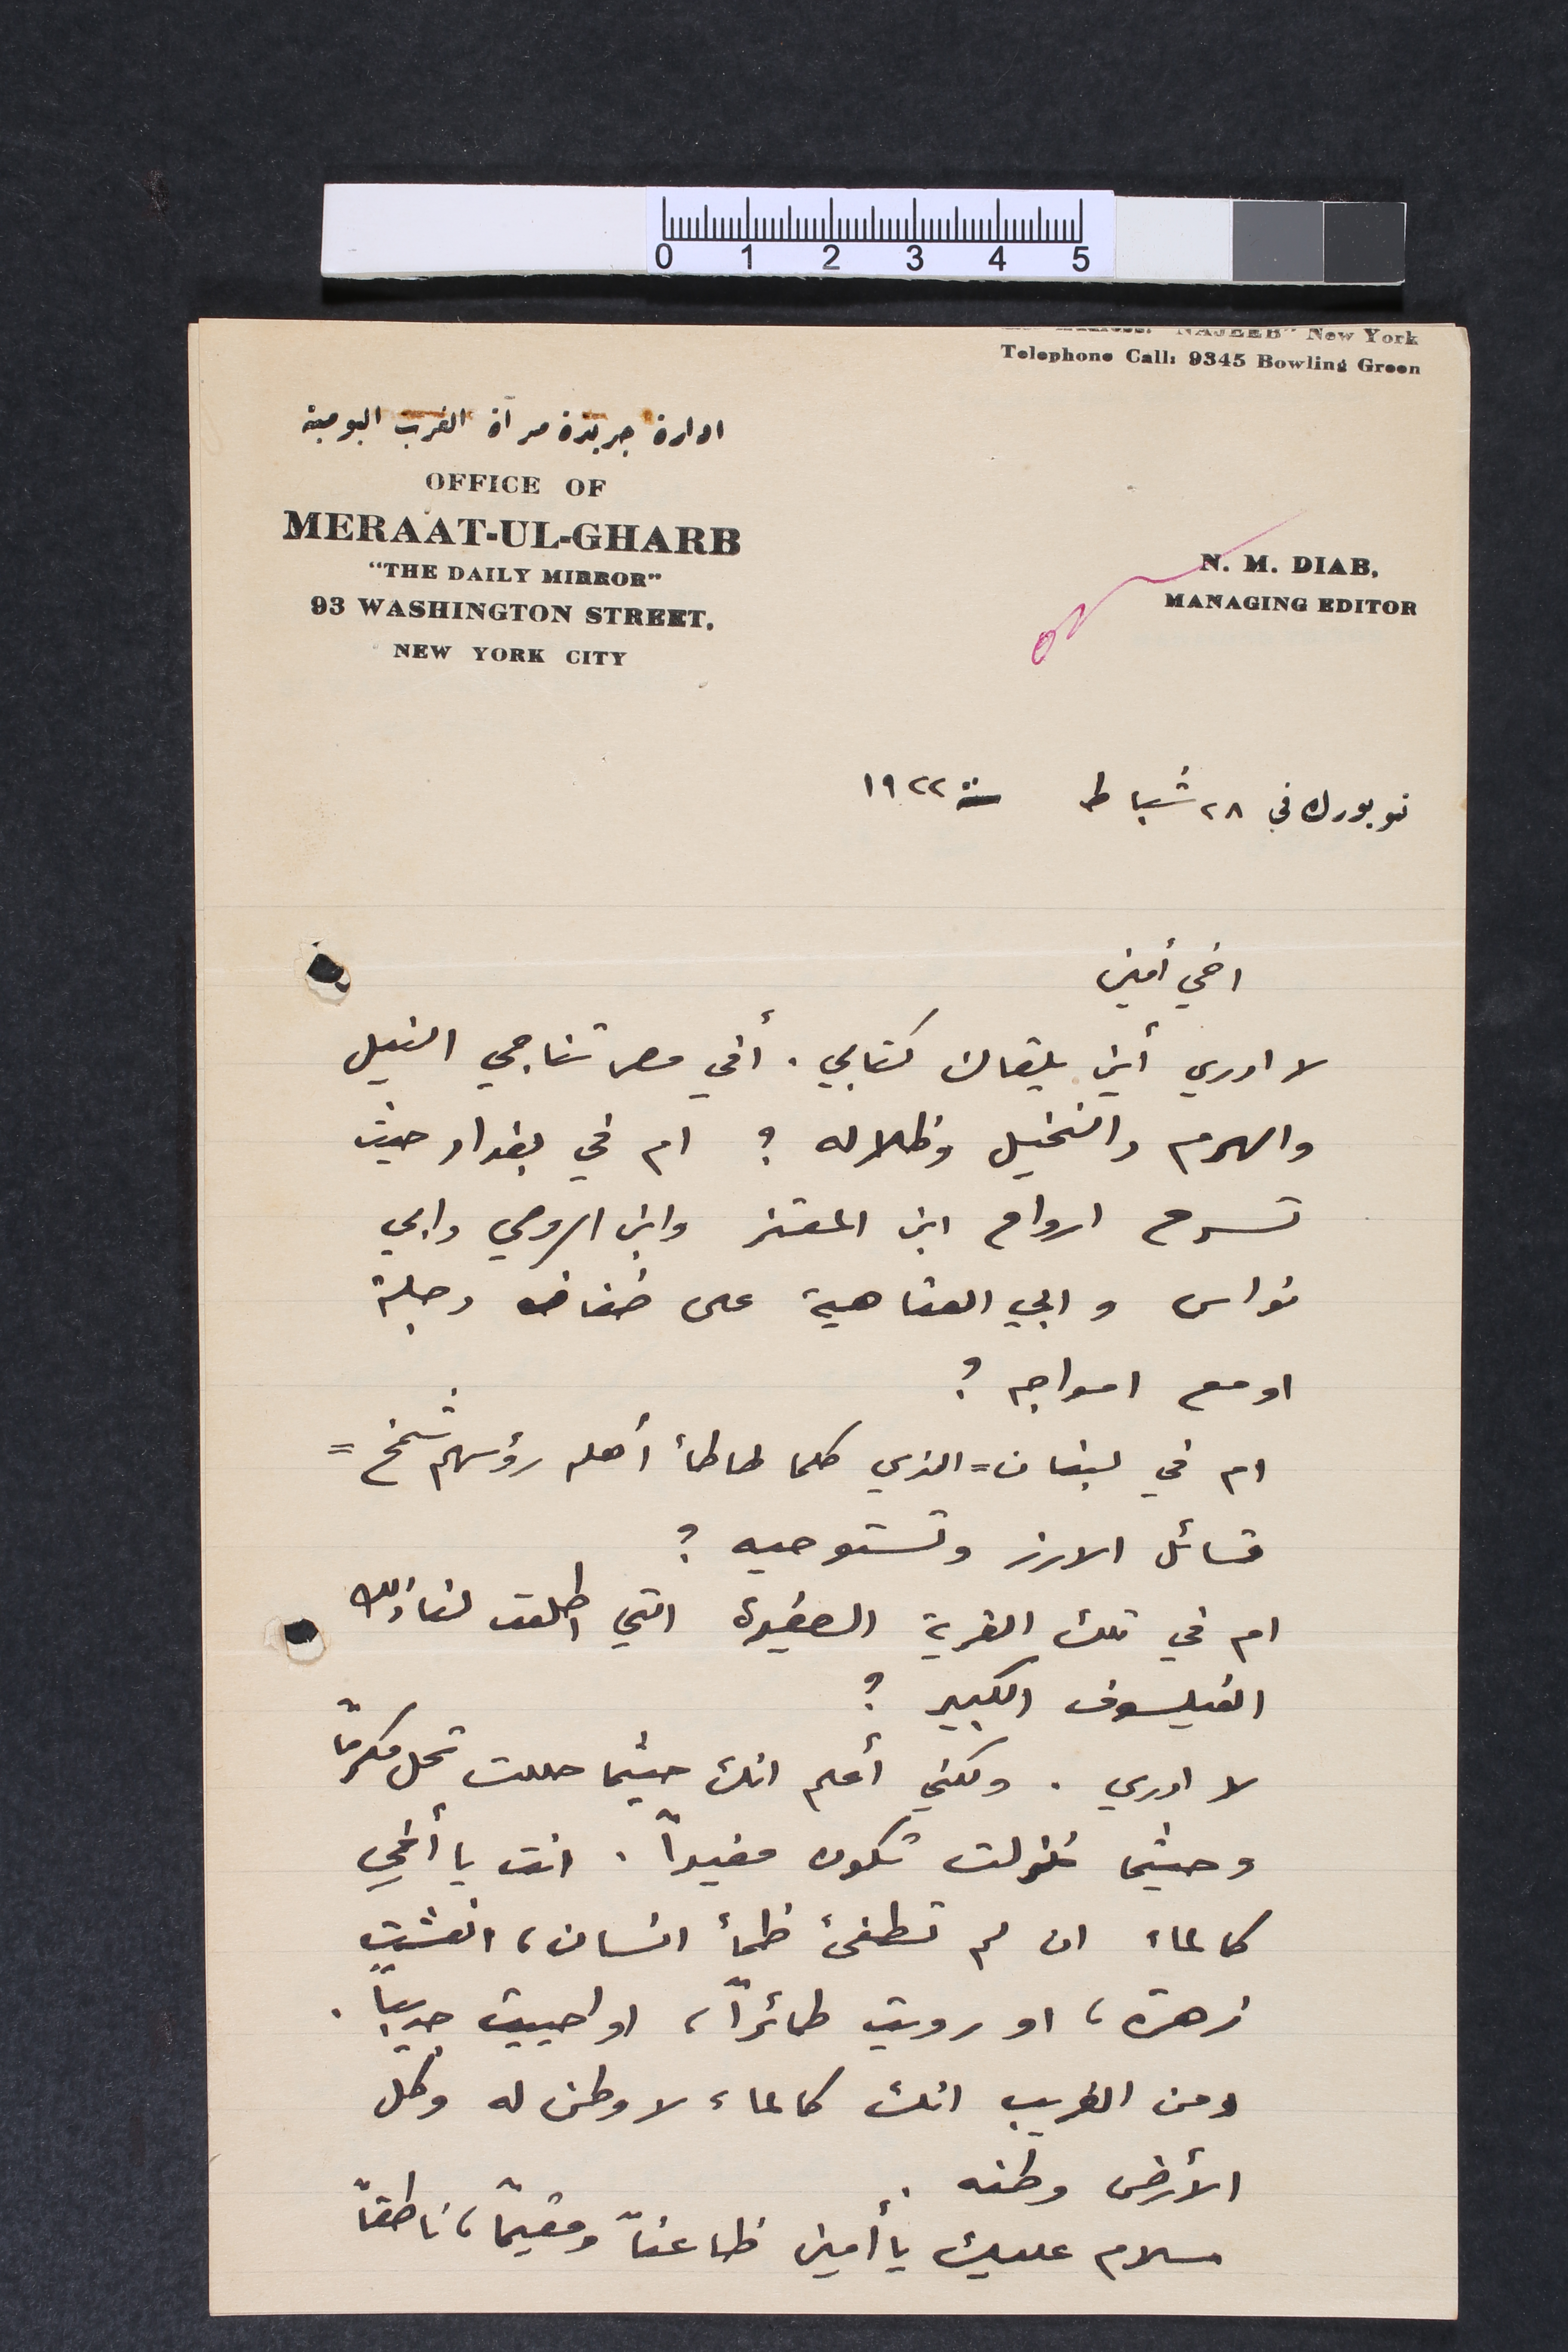
نيويورك في 28 شباط سنة 1922
اخي أمين
لا ادري أين يلقاك كتابي. أفي مصر تناجي النيل
والهرم والنخيل وظلاله؟ ام في بغداد حيث
تسرح ارواح ابن المعتز وابن الرومي وابي
نواس وابي العتاهية على ضفاف دجلة
او مع امواجه؟
ام في لبنان – الذي كلما طاطأ أهله رؤسهم شمخ –
تسائل الارز وتستوحيه؟
ام في تلك القرية الصغيرة التي اطلعت لنا ذلك
الفيلسوف الكبير؟
لا ادري. ولكني أعلم انك حيثما حللت تحل مكرماً
وحيثما نزلت تكون مفيداً. انت يا أخي
كالماء ان لم تطفىء ظمأ انسان، انعشت
زهرة، او رويت، طائراً، او احييت جديباً.
ومن الغريب انك كالماء لا وطن له وكل
الأرض وطنه.
سلام عليك يا أمين طَاعناً ومقيماً، ناطقاً